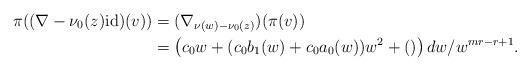
LaTeX: \begin{align*} \pi((\nabla-\nu_0(z)\mathrm{id})(v)) &= (\nabla_{\nu(w)-\nu_0(z)})(\pi(v)) \\ &= \left( c_0w+(c_0b_1(w)+c_0a_0(w))w^2+()\right)dw/w^{mr-r+1}.\end{align*}